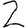
Digit: 2